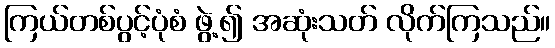
ကြယ်တစ်ပွင့်ပုံစံ ဖွဲ့၍ အဆုံးသတ် လိုက်ကြသည်။